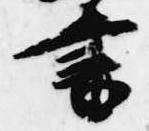
書